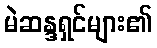
မဲဆန္ဒရှင်များ၏